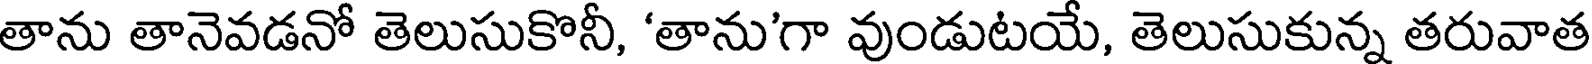
తాను తానెవడనో తెలుసుకొనీ, 'తాను'గా వుండుటయే, తెలుసుకున్న తరువాత